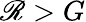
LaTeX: \mathscr{R}>G